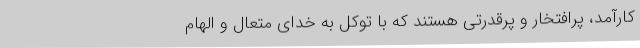
کارآمد، پرافتخار و پرقدرتی هستند که با توکل به خدای متعال و الهام